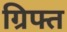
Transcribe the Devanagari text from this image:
ग्रिफ्त